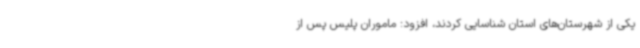
یکی از شهرستان‌های استان شناسایی کردند، افزود: ماموران پلیس پس از